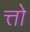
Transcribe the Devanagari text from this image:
त्तो